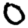
Digit: 0